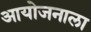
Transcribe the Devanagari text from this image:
आयोजनाला